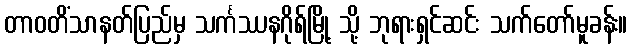
တာဝတိံသာနတ်ပြည်မှ သင်္ကဿနဂိုရ်မြို့ သို့ ဘုရားရှင်ဆင်း သက်တော်မူခန်း။